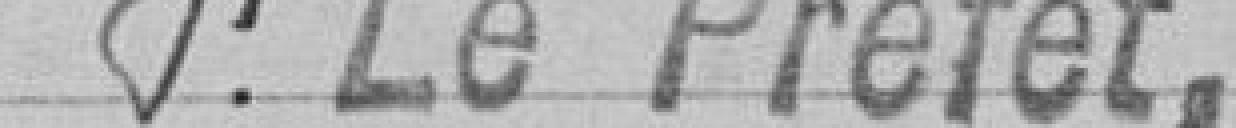
pour le Préfet,